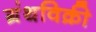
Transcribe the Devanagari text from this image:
ग्रंथविक्री